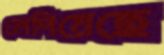
লেপিয়েছে